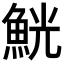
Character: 𩶸